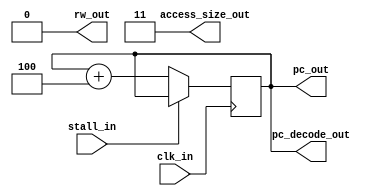
module ECE429_Fetch(clk_in, pc_out, pc_decode_out, rw_out, stall_in, access_size_out);

input clk_in;
input stall_in;

output [0:31] pc_out;
output [0:31] pc_decode_out;
output rw_out;	// 0 to read, 1 to write
output [0:1] access_size_out;	// 11 for word, 10 for half-word, 01/00 byte

reg [0:31] program_counter;

assign pc_out = program_counter;
assign pc_decode_out = program_counter;
assign access_size_out = 2'b11;
assign rw_out = 1'b0;

initial begin
	program_counter = 32'h80020000;
end

always @ (posedge clk_in)
begin
	if (!stall_in) begin
		program_counter = program_counter + 4; 
	end
end
endmodule